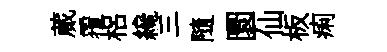
蕆覆梠纔三隨圜仙板痢